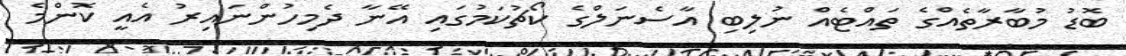
ބޮޑު މުބާރާތެއްގެ ތައްޓެއް ނުލިބި އާސެނަލްގެ ކޯޗުކަމުގައި އޭނާ ދެމިހުންނައިރު އެއީ ކޮންމެ